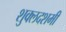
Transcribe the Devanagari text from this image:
शुक्लदशमी